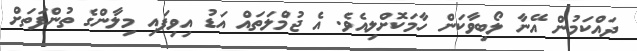
ދައްކަމުން އޭނާ ލޯބިވާކަން ހާމަކޮށްލިއެވެ. އެ ޖުމްލަތައް އަޑު އިވިފައި މިލާންގެ ތުންފަތަށް